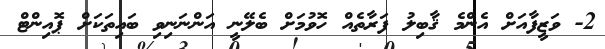
2- ވަޒީފާއަށް އެންމެ ޤާބިލު ފަރާތެއް ހޮވުމަށް ބެލޭނީ އަންނަނިވި ބައިތަކަށް ޕޮއިންޓް